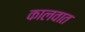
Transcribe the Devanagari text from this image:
कालवात